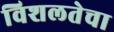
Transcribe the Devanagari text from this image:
विशलतेचा